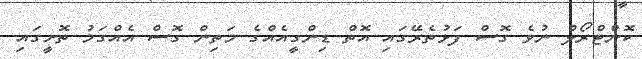
ކޮންޓްރޯލް ނުވެ ގޮސް ފަޅުތެރޭގައި އޮތް ޑިންގީއެއްގެ މަތިން ގޮސް އެއްގަމު ތޮށީގައި